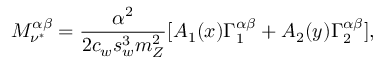
{ \cal M } _ { \nu ^ { * } } ^ { \alpha \beta } = \frac { \alpha ^ { 2 } } { 2 c _ { w } s _ { w } ^ { 3 } m _ { Z } ^ { 2 } } [ A _ { 1 } ( x ) \Gamma _ { 1 } ^ { \alpha \beta } + A _ { 2 } ( y ) \Gamma _ { 2 } ^ { \alpha \beta } ] ,